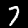
Digit: 7